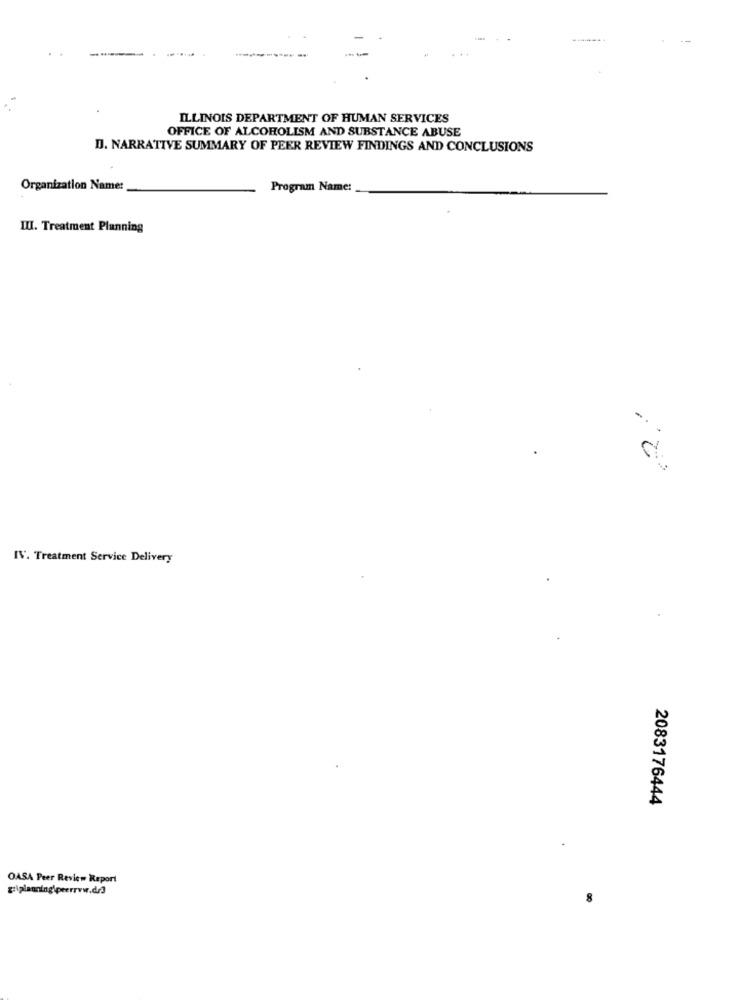
ILLINOIS DEPARTMENT OF HUMAN SERVICES
OFFICE OF ALCOHOLISM AND SUBSTANCE ABUSE
D. NARRATIVE SUMMARY OF PEER REVIEW FINDINGS AND CONCLUSIONS
Organization Name:
Program Name:
IU. Treatment Planning
IV. Treatment Service Delivery
2083176444
OASA Peer Review Report
giiplanning\perrrvw.dr3